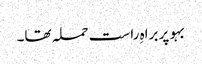
بہو پر براہِ راست حملہ تھا۔